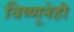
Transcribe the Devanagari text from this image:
विष्णूनेही